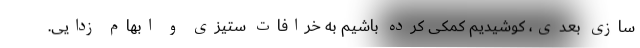
سازی بعدی، کوشیدیم کمکی کرده باشیم به خرافات ستیزی و ابهام زدایی.